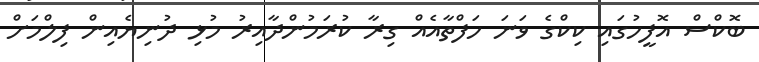
ބޮކްސް އޮފީހުގައި ކިކްގެ ވަނަ ހަފްތާއެއް ގިރާ ކުރަމުންދާއިރު މުޅި ދުނިޔެއިން ފިލްމަށް